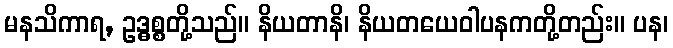
မနသိကာရ, ဥဒ္ဓစ္စတို့သည်။ နိယတာနိ၊ နိယတယေဝါပနကတို့တည်း။ ပန၊